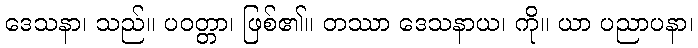
ဒေသနာ၊ သည်။ ပဝတ္တာ၊ ဖြစ်၏။ တဿာ ဒေသနာယ၊ ကို။ ယာ ပညာပနာ၊